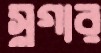
স্লগার